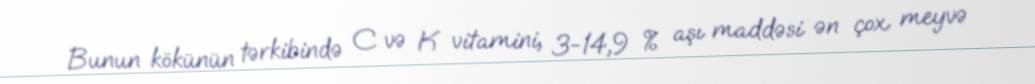
Bunun kökünün tərkibində C və K vitamini, 3-14,9 % aşı maddəsi ən çox meyvə